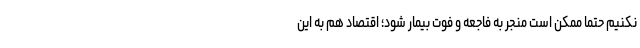
نکنیم حتماً ممکن است منجر به فاجعه و فوت بیمار شود؛ اقتصاد هم به این